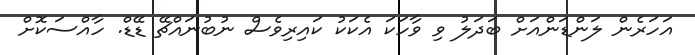
އަހަރެން ލަންޑަންއަށް ބަދަލު ވި ވާހަކަ އެކަކު ކައިރިވެސް ނުބުނައްޗޭ ޑޭޑް. ހާއްސަކޮށް